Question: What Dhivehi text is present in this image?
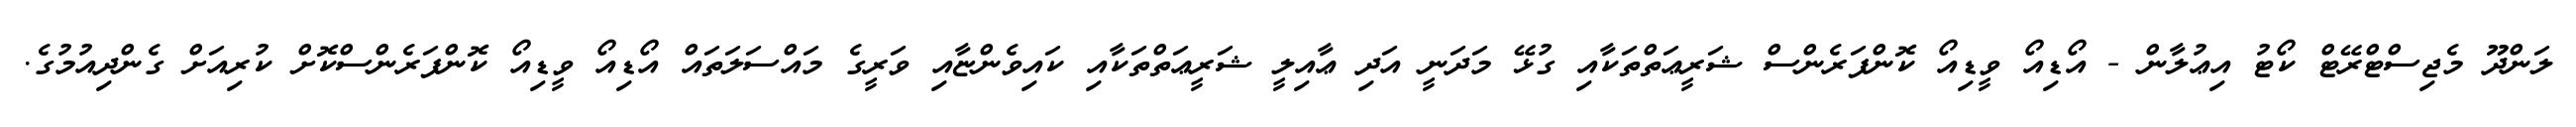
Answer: ލަންދޫ މެޖިސްޓްރޭޓް ކޯޓު އިޢުލާން - އޯޑިއޯ ވީޑިއޯ ކޮންފަރެންސް ޝަރީޢަތްތަކާއި ގުޅޭ މަދަނީ އަދި ޢާއިލީ ޝަރީޢަތްތަކާއި ކައިވެންޏާއި ވަރީގެ މައްސަލަތައް އޯޑިއޯ ވީޑިއޯ ކޮންފަރެންސްކޮށް ކުރިއަށް ގެންދިއުމުގެ.